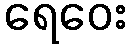
ရေဝေး